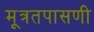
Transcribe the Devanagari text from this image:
मूत्रतपासणी